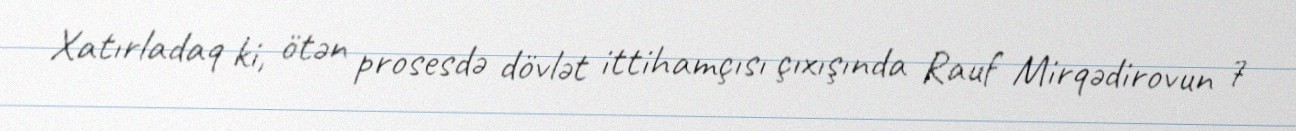
Xatırladaq ki, ötən prosesdə dövlət ittihamçısı çıxışında Rauf Mirqədirovun 7